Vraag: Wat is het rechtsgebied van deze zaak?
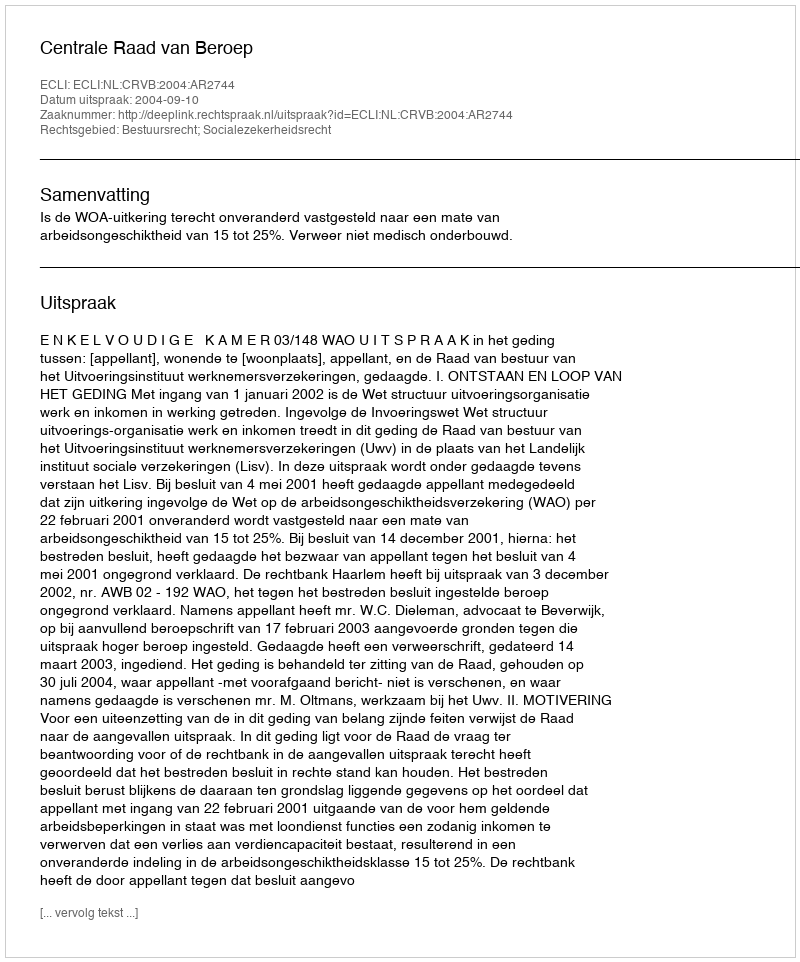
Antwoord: Bestuursrecht; Socialezekerheidsrecht